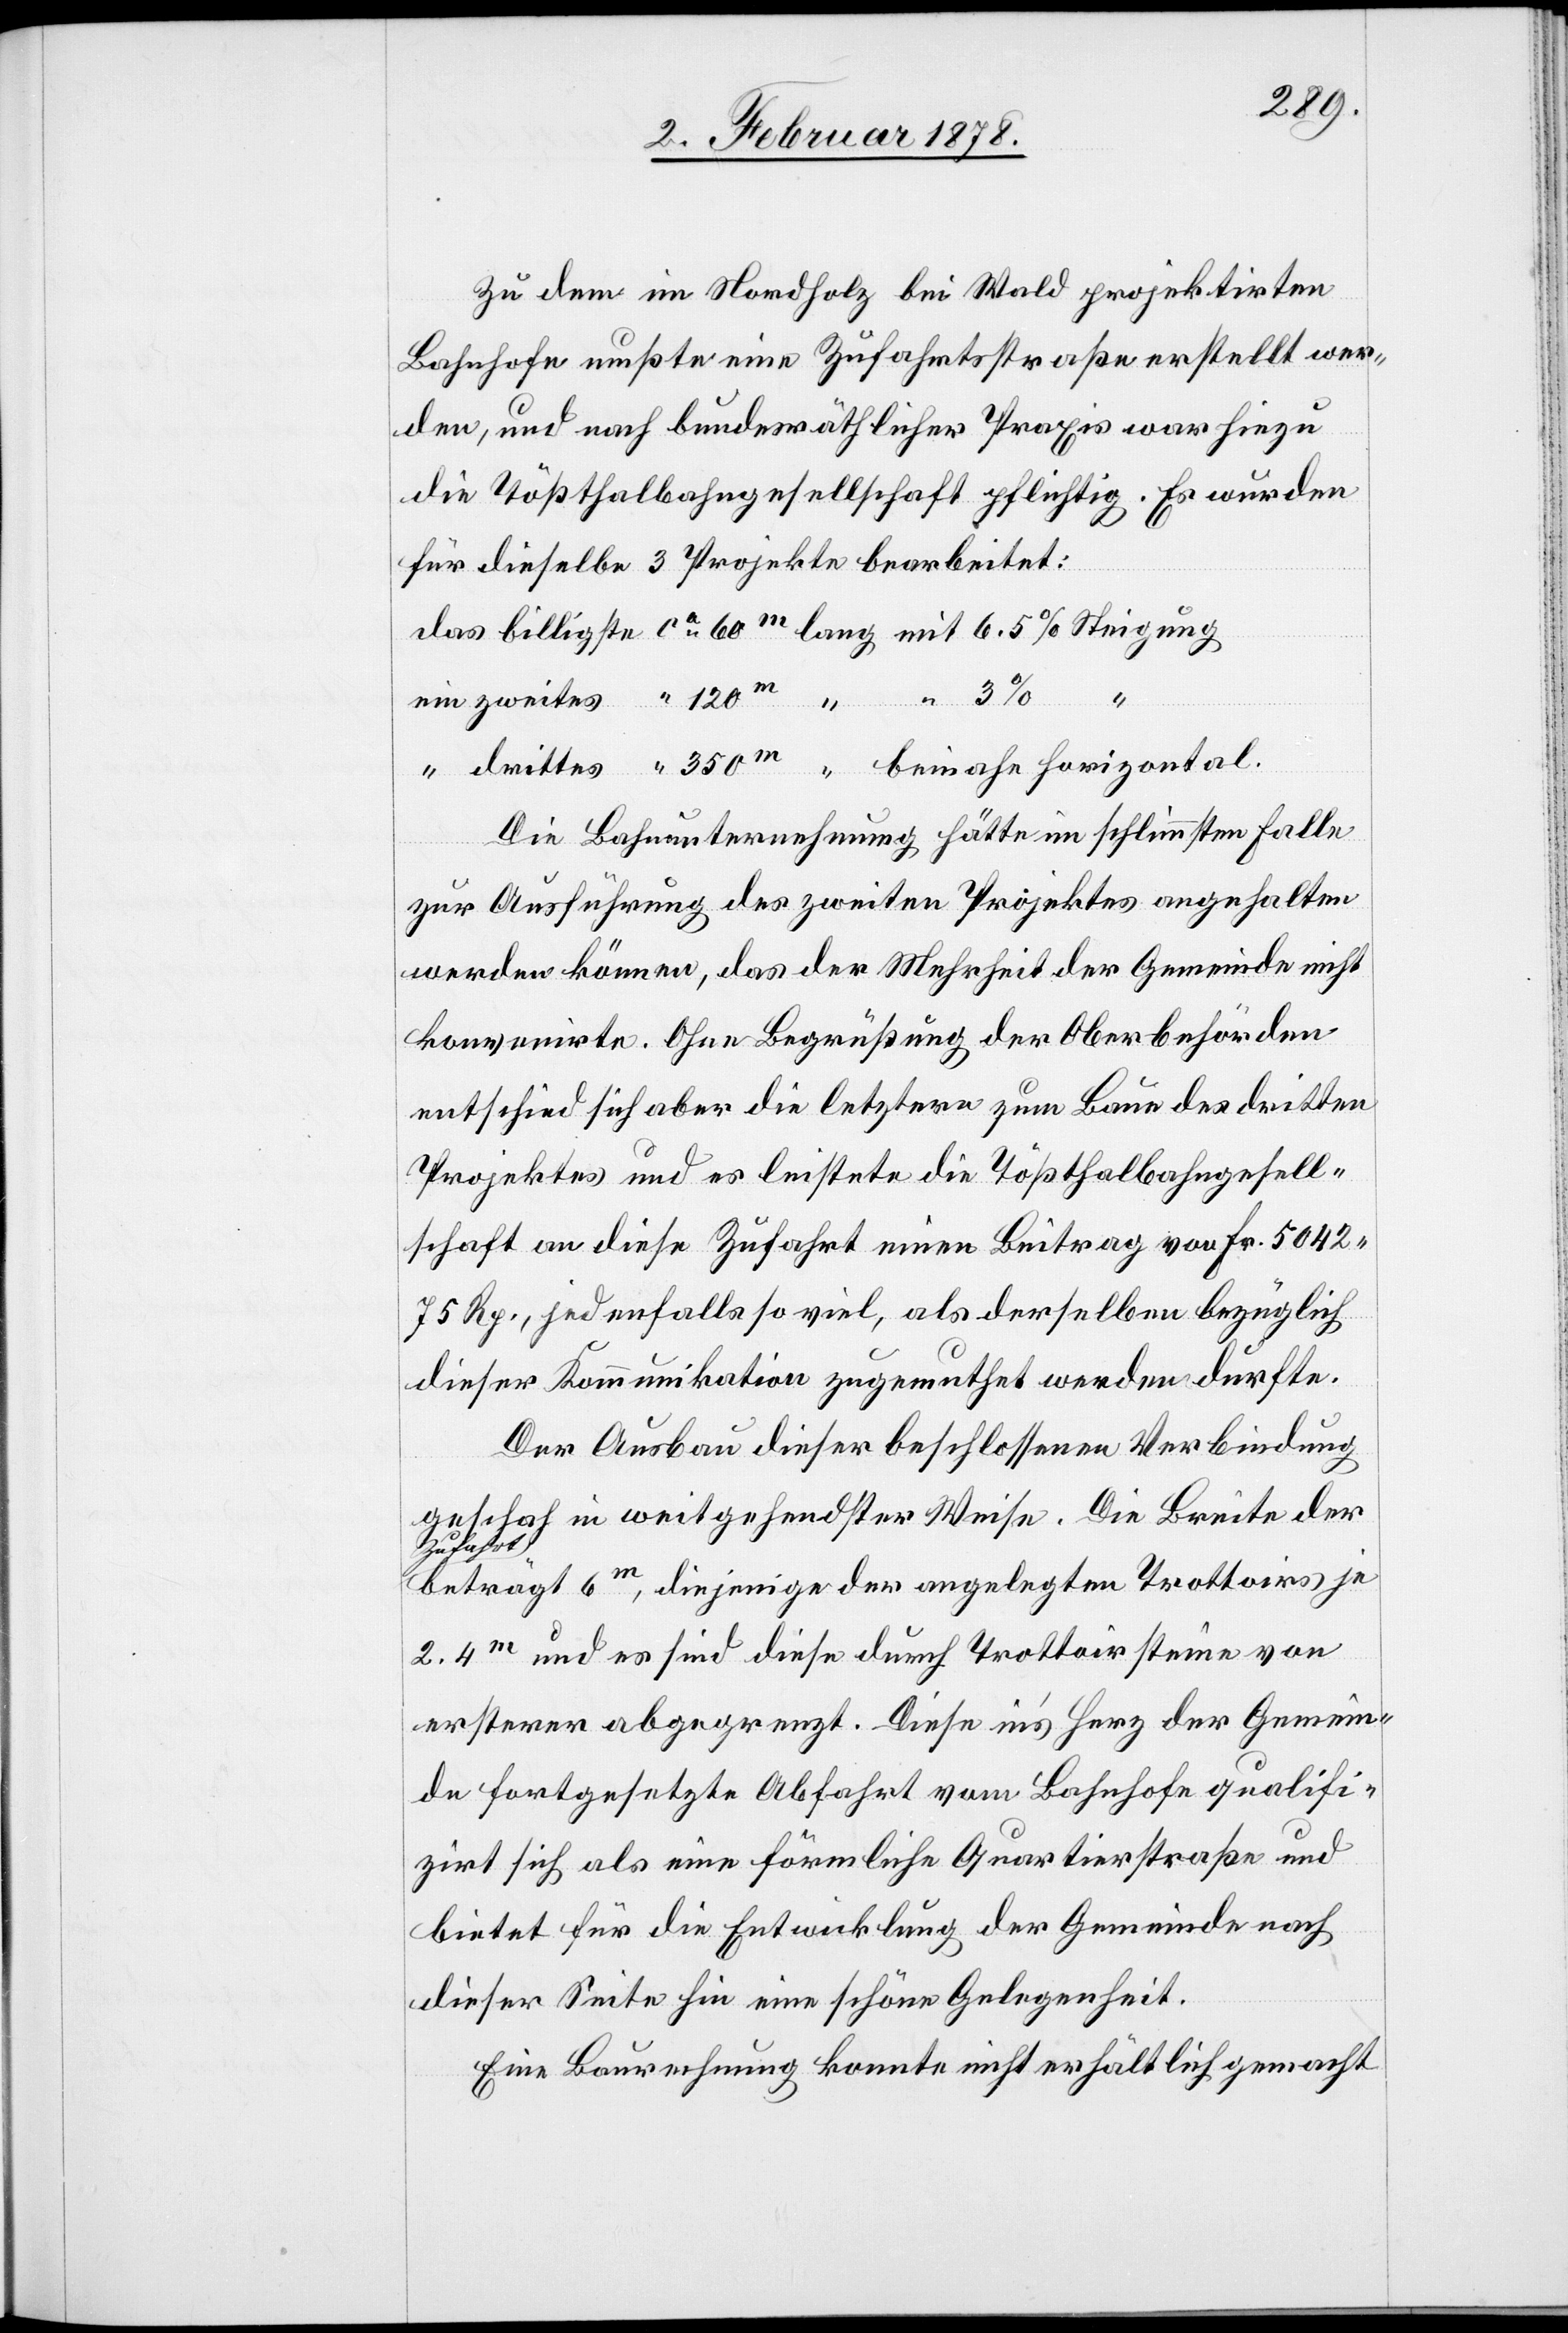
Zu dem im Nordholz bei Wald projektirten
Bahnhofe mußte eine Zufahrtsstraße erstellt wer¬
den, und nach bundesräthlicher Praxis war hiezu
die Tößthalbahngesellschaft pflichtig. Es wurden
für dieselbe 3 Projekte bearbeitet:
das billigste ca 60m lang mit 6.5% Steigung
ein zweites “ 120m “ “ 3%
“
“ drittes “ 350m “ beinahe horizontal.
Die Bahnunternehmung hätte im schlimmsten Falle
zur Ausführung des zweiten Projektes angehalten
werden können, das der Mehrheit der Gemeinde nicht
konvenirte. Ohne Begrüßung der Oberbehörden
entschied sich aber die letztere zum Baue des dritten
Projektes und es leistete die Tößthalbahngesell¬
schaft an diese Zufahrt einen Beitrag von Fr. 5042.
75 Rp., jedenfalls so viel, als derselben bezüglich
dieser Kommunikation zugemuthet werden durfte.
Der Ausbau dieser beschlossenen Verbindung
geschah in weitgehendster Weise. Die Breite der
a-Zufahrt-a
beträgt 6m, diejenige der angelegten Trottoirs je
2.4m und es sind diese durch Trottoirsteine von
ersteren abgegrenzt. Diese in’s Herz der Gemein¬
de fortgesetzte Abfahrt vom Bahnhofe qualifi¬
zirt sich als eine förmliche Quartierstraße und
bietet für die Entwicklung der Gemeinde nach
dieser Seite hin eine schöne Gelegenheit.
Eine Baurechnung konnte nicht erhältlich gemacht